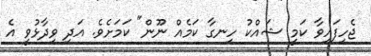
ޖެހިފައިވާ ކަމީ ޝައްކު ހިނގާ ކަމެއް ނޫން" ކަމަށެވެ. އަދި ވިދާޅުވީ އެ